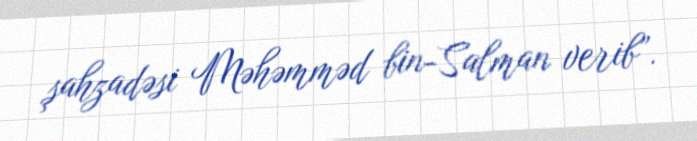
şahzadəsi Məhəmməd bin-Salman verib”.